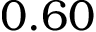
0 . 6 0